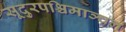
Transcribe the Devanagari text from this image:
सूदुरपश्चिमाञ्चल